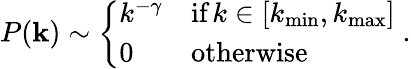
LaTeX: P(\mathbf{k})\sim\left\{ \begin{array}{ll}{k^{-\gamma}}&{\textrm{if}\, k\in[k_{\operatorname*{min}},k_{\operatorname*{max}}]}\\ {0}&{\textrm{otherwise}}\end{array}\right.\; .